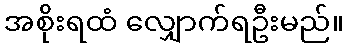
အစိုးရထံ လျှောက်ရဦးမည်။